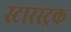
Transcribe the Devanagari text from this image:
स्टारस्ट्रक